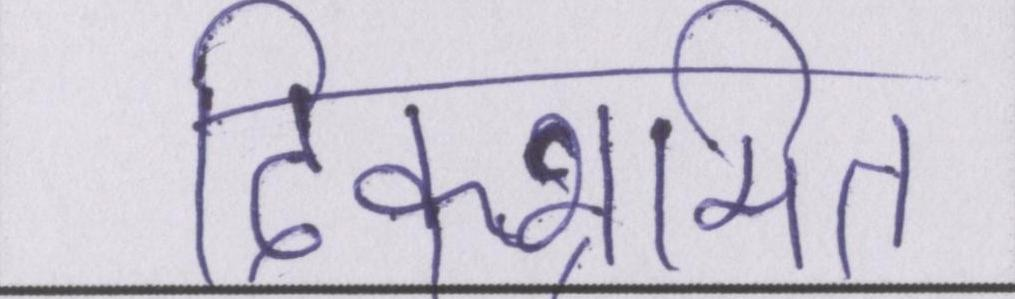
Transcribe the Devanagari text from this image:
दिक्भ्रमित